Document type: Dowry acquittance
Year: 1427
Scribe: Pere Tarafa
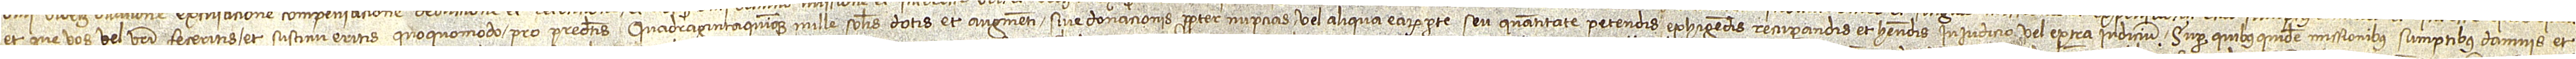
et que vos vel vestri feceritis et sustinueritis quoquomodo pro predictis quadragintaquinque mille solidis dotis et augmenti sive donacionis propter nupcias vel aliqua earum parte seu quantitate petendis, exhigendis, recuperandis et habendis in iudicio vel extra iudicium. Super quibus quidem missionibus, sumptibus, damnis et